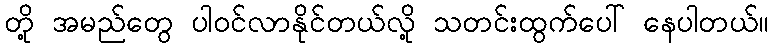
တို့ အမည်တွေ ပါဝင်လာနိုင်တယ်လို့ သတင်းထွက်ပေါ် နေပါတယ်။